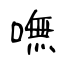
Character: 嘸